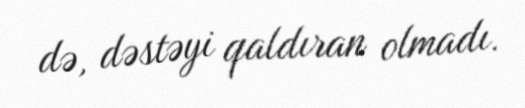
də, dəstəyi qaldıran olmadı.